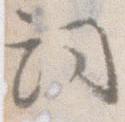
詞